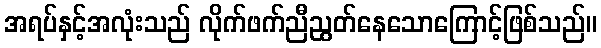
အရပ်နှင့်အလုံးသည် လိုက်ဖက်ညီညွတ်နေသောကြောင့်ဖြစ်သည်။